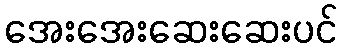
အေးအေးဆေးဆေးပင်